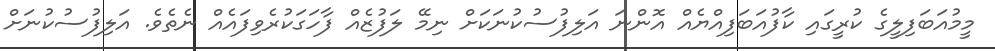
މީމުއަބަފިލީގެ ކުރީގައި ކާފުއަބަފިއްޔެއް އޮންނަ އަލިފުސުކުނަކަށް ނިމޭ ލަފުޒެއް ފާހަގަކުރެވިފައެއް ނެތެވެ. އަލިފުސުކުނަށް